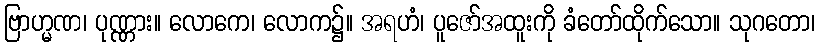
ဗြာဟ္မဏ၊ ပုဏ္ဏား။ လောကေ၊ လောက၌။ အရဟံ၊ ပူဇော်အထူးကို ခံတော်ထိုက်သော။ သုဂတော၊